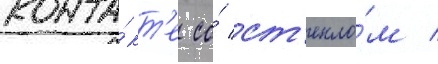
конта́кт'е со́ ст'екло́м /